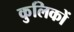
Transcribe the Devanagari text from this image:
कुलिकों